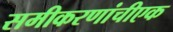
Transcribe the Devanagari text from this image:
समीकरणांचीएक